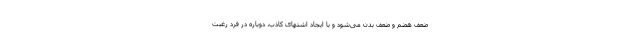
ضعف هضم و ضعف بدن می‌شود و با ایجاد اشتهای کاذب، دوباره در فرد رغبت